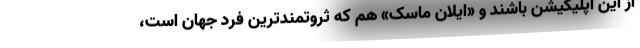
از این اپلیکیشن باشند و «ایلان ماسک» هم که ثروتمندترین فرد جهان است،